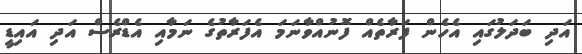
އަދި ބަދަލުގައި އެހެން ފަރާތެއް ފޮނުއްވާނަމަ އެފަރާތުގެ ނަމާއި އެޑްރެސް އަދި އައިޑީ